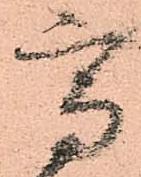
高